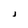
Character: j